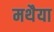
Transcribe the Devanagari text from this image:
मथैया